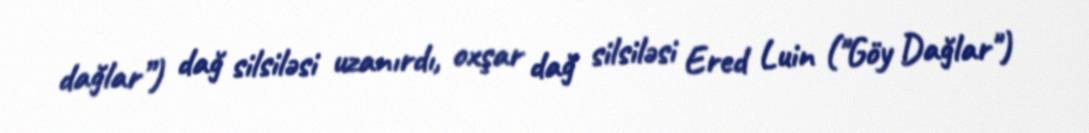
dağlar”) dağ silsiləsi uzanırdı, oxşar dağ silsiləsi Ered Luin ("Göy Dağlar")